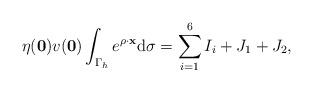
LaTeX: \begin{align*}\eta(\mathbf 0)v(\mathbf 0)\int_{\Gamma_h}e^{\rho \cdot \mathbf x}\mathrm d \sigma=\sum_{i=1}^6 I_i+J_1+J_2,\end{align*}